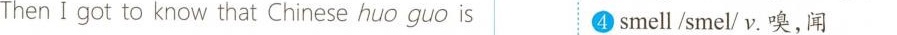
Then I got to know that Chinese huo guo is ④smell/smel/v.嗅,闻